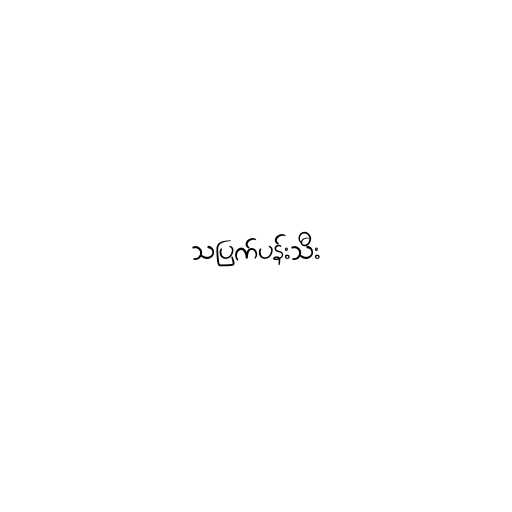
သပြက်ပန်းသီး